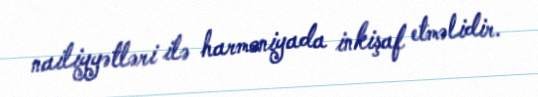
nailiyyətləri ilə harmoniyada inkişaf etməlidir.